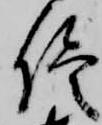
侭